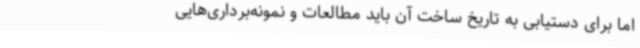
اما برای دستیابی به تاریخ ساخت آن باید مطالعات و نمونه‌برداری‌هایی